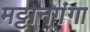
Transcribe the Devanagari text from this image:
मट्टानगंगा